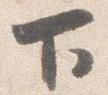
下